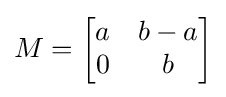
M={\begin{bmatrix}a&b-a\\0&b\end{bmatrix}}